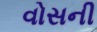
વોસની